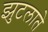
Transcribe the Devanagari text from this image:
झुटलाते